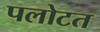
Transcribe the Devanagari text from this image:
पलोटत